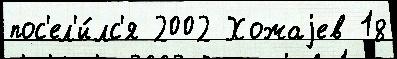
пос'ел'и́лс'я 2002 Хожаjев 18